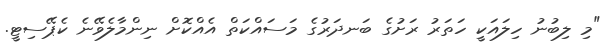
"މި ލިބުނު ހިލައަކީ ހަތަރު ރަށުގެ ބަނދަރުގެ މަސައްކަތް އެއްކޮށް ނިންމާލެވޭނެ ކެޕޭސިޓީ.